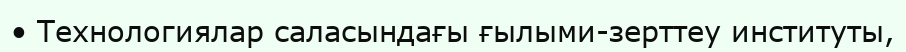
• Технологиялар саласындағы ғылыми-зерттеу институты,